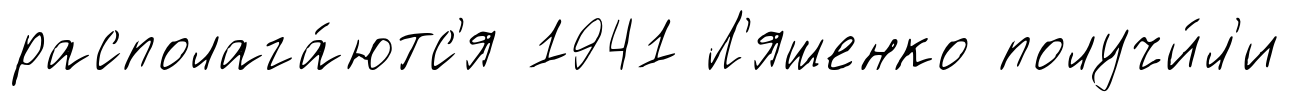
располага́ютс'я 1941 Л'яшенко получи́л'и